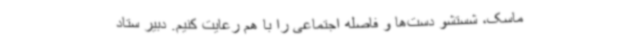
ماسک، شستشو دست‌ها و فاصله اجتماعی را با هم رعایت کنیم. دبیر ستاد